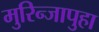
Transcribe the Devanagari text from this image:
मुरिन्जापुहा